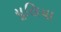
યૂલિયા